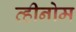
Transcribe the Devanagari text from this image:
व्हीनोम